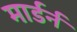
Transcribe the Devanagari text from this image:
मार्डर्न